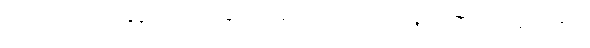
အကယ်၍ရပါကုန်မူကား။ သာဓုဝတ၊ ကောင်းသည်သာလျှင်။ အဿ၊ ဖြစ်ရာ၏။